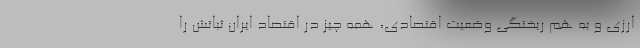
ارزی و به هم ریختگی وضعیت اقتصادی، همه چیز در اقتصاد ایران ثباتش را